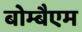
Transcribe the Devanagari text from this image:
बोम्बैएम